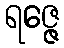
ရဇ္ဇေ